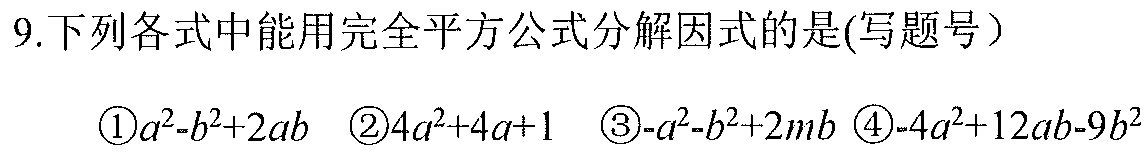
9.下列各式中能用完全平方公式分解因式的是(写题号）
\textcircled{1}\(a^{2}-b^{2}+2ab\) \textcircled{2}\(4a^{2}+4a + 1\) \textcircled{3}\(-a^{2}-b^{2}+2mb\) \textcircled{4}\(-4a^{2}+12ab - 9b^{2}\)